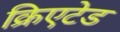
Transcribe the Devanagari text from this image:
क्रिएटेड